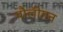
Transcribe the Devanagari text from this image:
पौलीगन